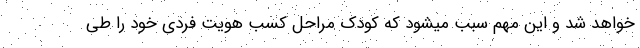
خواهد شد و این مهم سبب میشود که کودک مراحل کسب هویت فردی خود را طی